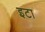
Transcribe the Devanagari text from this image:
इटा